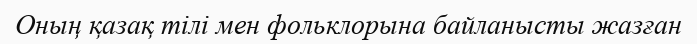
Оның қазақ тілі мен фольклорына байланысты жазған